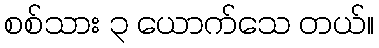
စစ်သား ၃ ယောက်သေ တယ်။